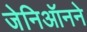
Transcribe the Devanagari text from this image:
जेनिऑनने